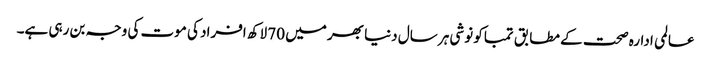
عالمی ادارہ صحت کے مطابق تمباکو نوشی ہر سال دنیا بھر میں 70 لاکھ افراد کی موت کی وجہ بن رہی ہے۔